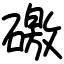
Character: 礉